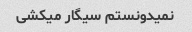
نمیدونستم سیگار میکشی